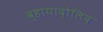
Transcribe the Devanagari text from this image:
व्हायादोलिद